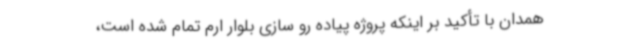
همدان با تأکید بر اینکه پروژه پیاده رو سازی بلوار ارم تمام شده است،